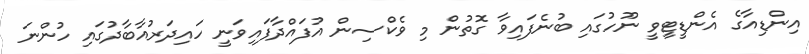
އިންޑިއާގެ އެންޑީޓީވީ ނޫހުގައި ބުނެފައިވާ ގޮތުން މި ވެކްސިން އުފައްދާފައިވަނީ ހައިދަރުއާބާދުގައި ހުންނަ